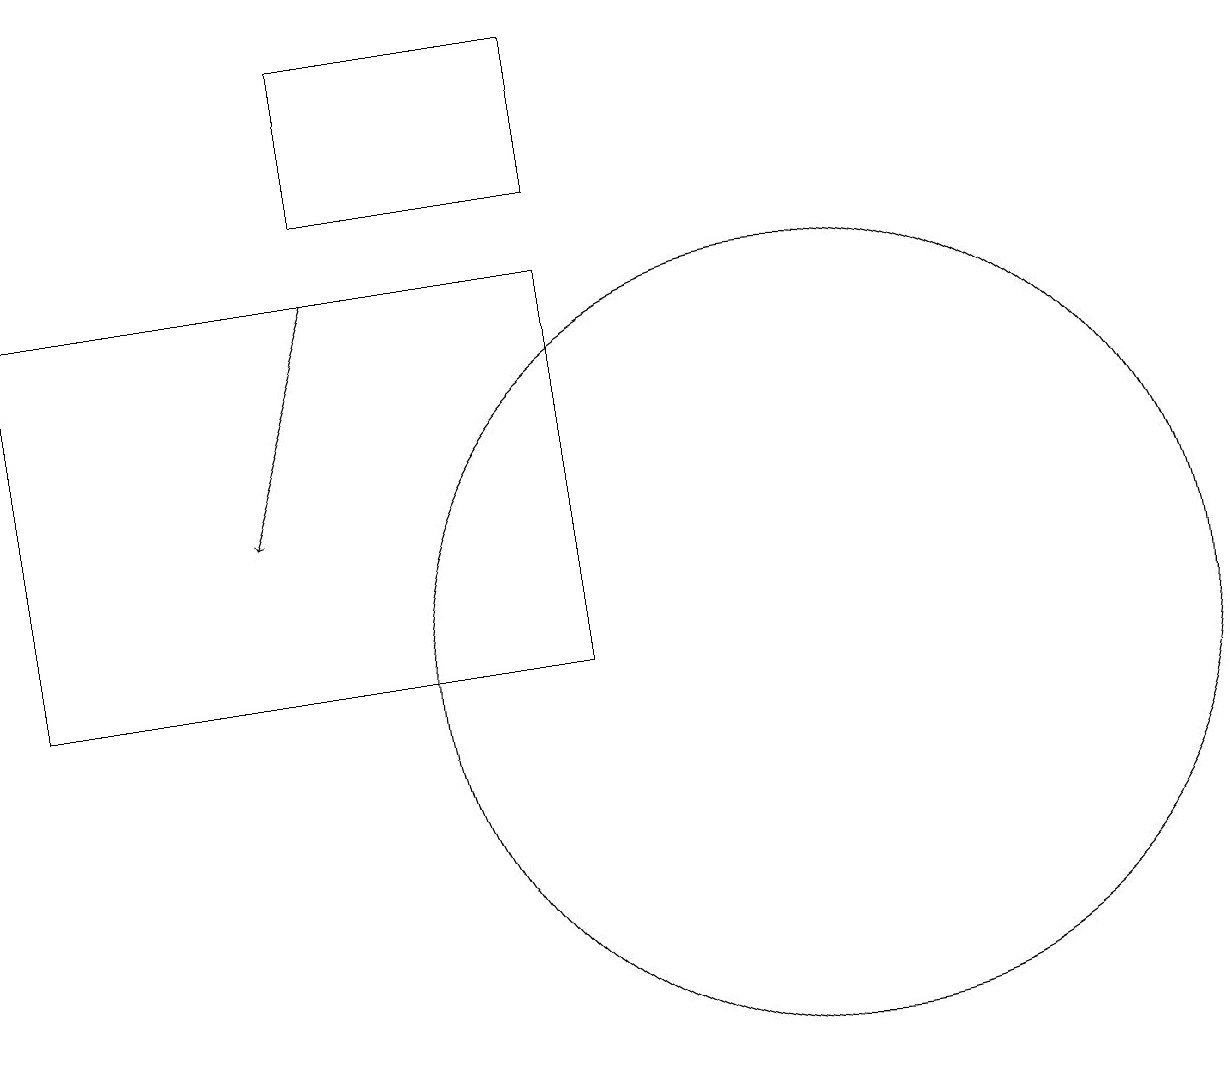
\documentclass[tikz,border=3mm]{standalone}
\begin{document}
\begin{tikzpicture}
\draw (8,16) rectangle (1,11);
\draw (8,19) rectangle (5,17);
\draw[->] (5,16) -- (4,13);
\draw (11,11) circle (5);
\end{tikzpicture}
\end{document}